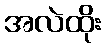
အလဲထိုး